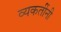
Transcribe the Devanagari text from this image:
व्यकतींनी